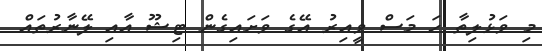
މި ވަޅުލިތާ ހަ މަސް ވީއިރު އޭގެ ވަށައިގެން ޓިޝޫ އާއި ލޭނާރުތައް